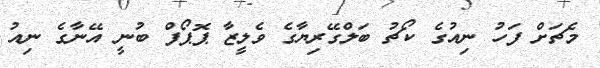
މެޗަށް ފަހު ނިއުގެ ކޯޗު ބަލްގޭރިޔާގެ ވެލީޒާ ޕޮޕޯފް ބުނީ އޭނާގެ ނިއު